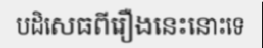
បដិសេធពីរឿងនេះនោះទេ